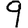
Digit: 9